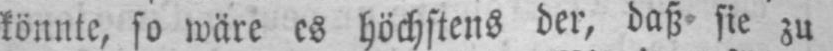
könnte, so wäre es höchstens der, daß sie zu